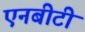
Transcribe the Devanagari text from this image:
एनबीटी